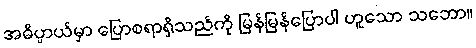
အဓိပ္ပာယ်မှာ ပြောစရာရှိသည်ကို မြန်မြန်ပြောပါ ဟူသော သဘော။